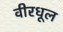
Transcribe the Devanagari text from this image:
वीरधूल